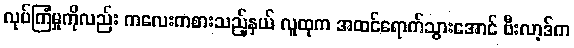
လုပ်ကြံမှုကိုလည်း ကလေးကစားသည့်နှယ် လူထုက အထင်ရောက်သွားအောင် ဗီးလာ့ဒ်က